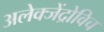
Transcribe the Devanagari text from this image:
अलेक्जेंद्रोविच